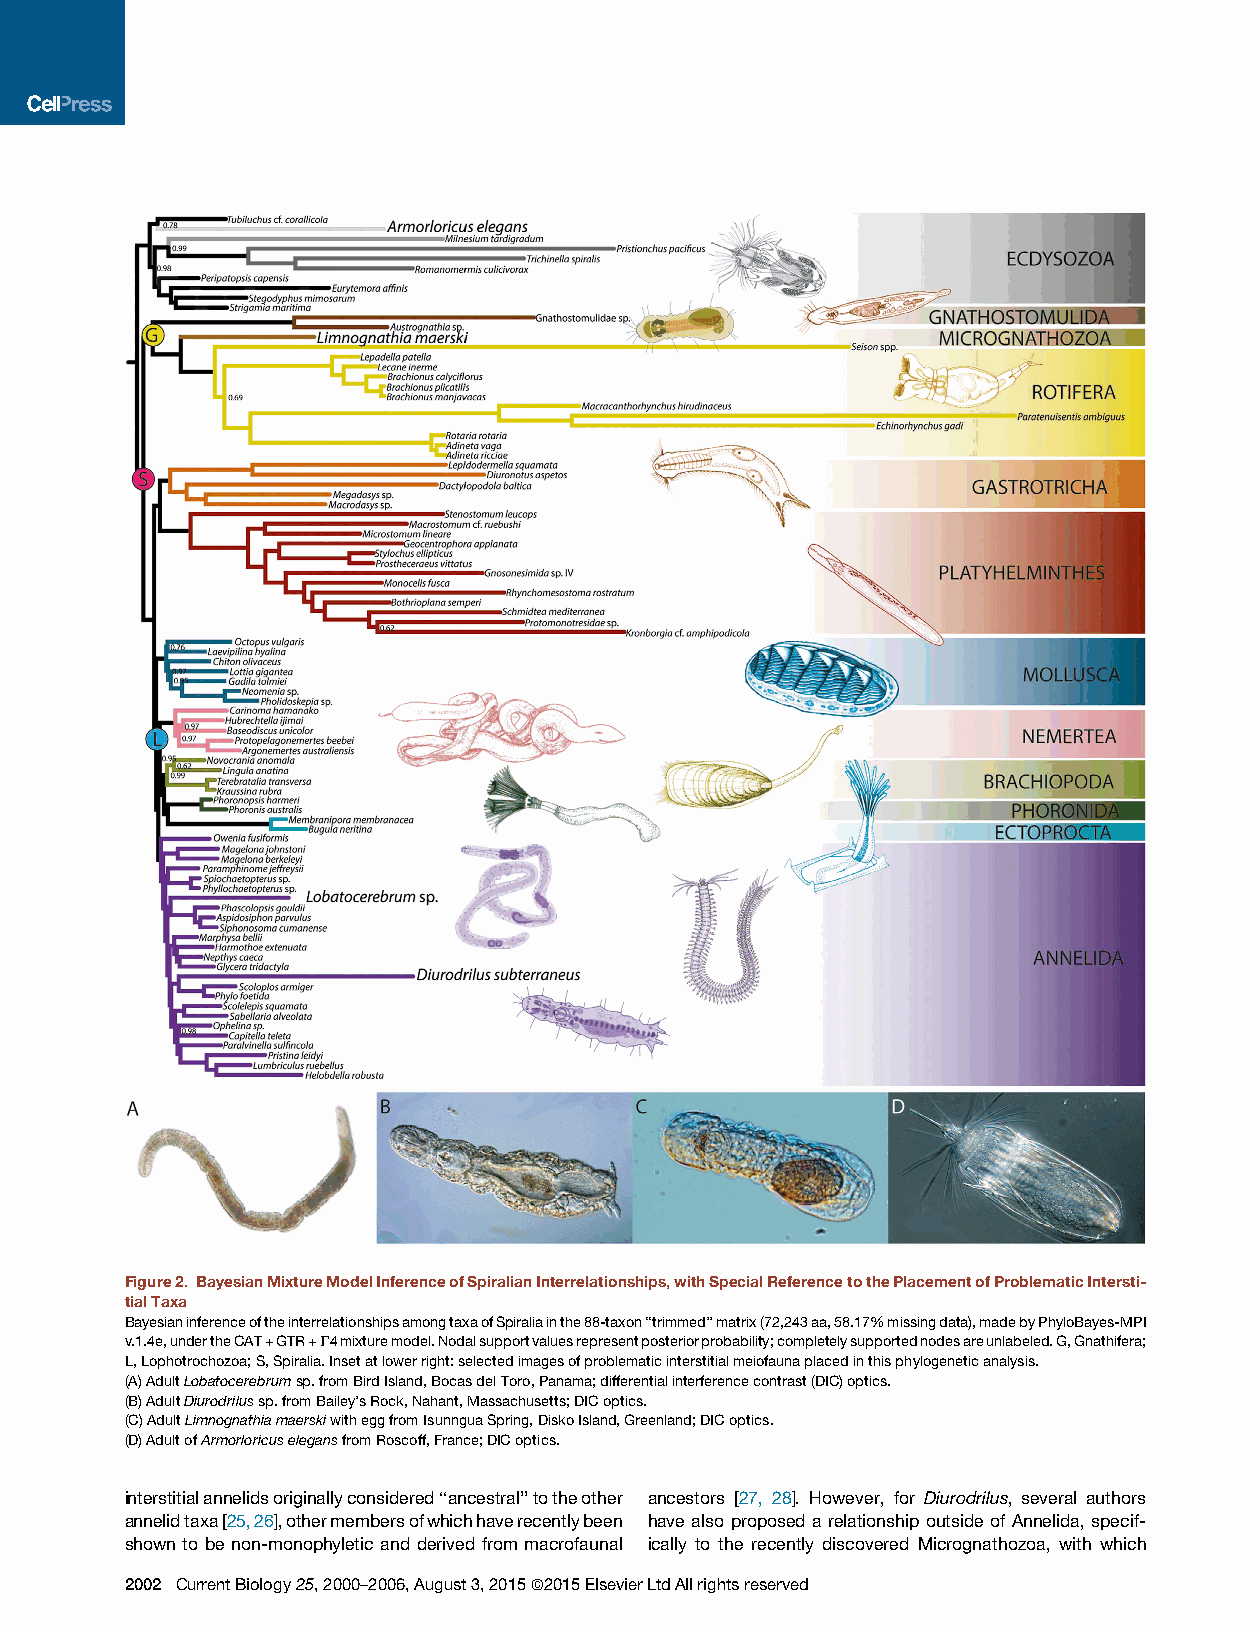
Figure2. BayesianMixtureModelInferenceofSpiralianInterrelationships,withSpecialReferencetothePlacementofProblematicIntersti-
 tialTaxa
 BayesianinferenceoftheinterrelationshipsamongtaxaofSpiraliainthe88-taxon‘‘trimmed’’matrix(72,243aa,58.17%missingdata),madebyPhyloBayes-MPI
 v.1.4e,undertheCAT+GTR+G4mixturemodel.Nodalsupportvaluesrepresentposteriorprobability;completelysupportednodesareunlabeled.G,Gnathifera;
 L,Lophotrochozoa;S,Spiralia.Insetatlowerright:selectedimagesofproblematicinterstitialmeiofaunaplacedinthisphylogeneticanalysis.
 (A)AdultLobatocerebrumsp.fromBirdIsland,BocasdelToro,Panama;differentialinterferencecontrast(DIC)optics.
 (B)AdultDiurodrilussp.fromBailey’sRock,Nahant,Massachusetts;DICoptics.
 (C)AdultLimnognathiamaerskiwitheggfromIsunnguaSpring,DiskoIsland,Greenland;DICoptics.
 (D)AdultofArmorloricuselegansfromRoscoff,France;DICoptics.
 interstitialannelidsoriginallyconsidered‘‘ancestral’’totheother ancestors [27, 28]. However, for Diurodrilus, several authors
 annelidtaxa[25,26],othermembersofwhichhaverecentlybeen have also proposed a relationship outside of Annelida, specif-
 shown to be non-monophyletic and derived from macrofaunal ically to the recently discovered Micrognathozoa, with which
 2002 CurrentBiology25,2000–2006,August3,2015ª2015ElsevierLtdAllrightsreserved